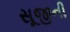
સૂજીની